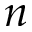
n